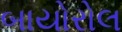
બાયોરોલ